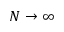
N \rightarrow \infty